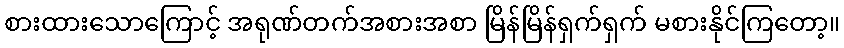
စားထားသောကြောင့် အရုဏ်တက်အစားအစာ မြိန်မြိန်ရှက်ရှက် မစားနိုင်ကြတော့။